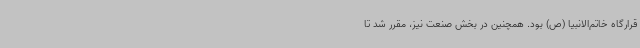
قرارگاه خاتم‌الانبیا (ص) بود. همچنین در بخش صنعت نیز، مقرر شد تا